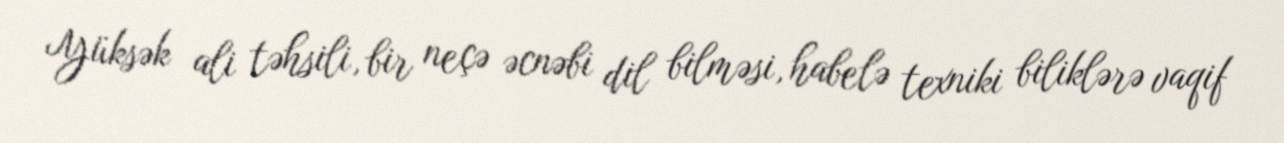
Yüksək ali təhsili, bir neçə əcnəbi dil bilməsi, habelə texniki biliklərə vaqif